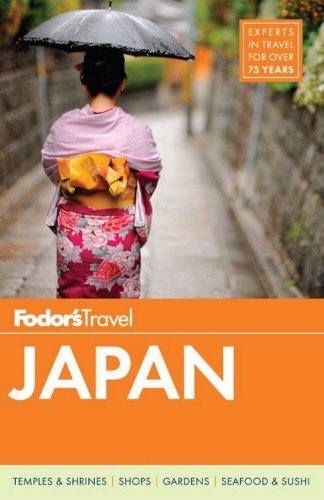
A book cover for Fodor's Japan (Full-color Travel Guide); Fodor's; Travel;